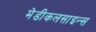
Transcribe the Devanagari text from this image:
मेडीकलसाइन्स